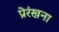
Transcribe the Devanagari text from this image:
प्रेरंखना